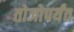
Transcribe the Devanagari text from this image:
तोजोपर्यंत